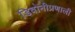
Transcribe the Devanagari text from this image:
डिवोनीप्रणाली